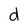
Character: d